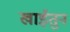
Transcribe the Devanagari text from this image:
खाईतुन